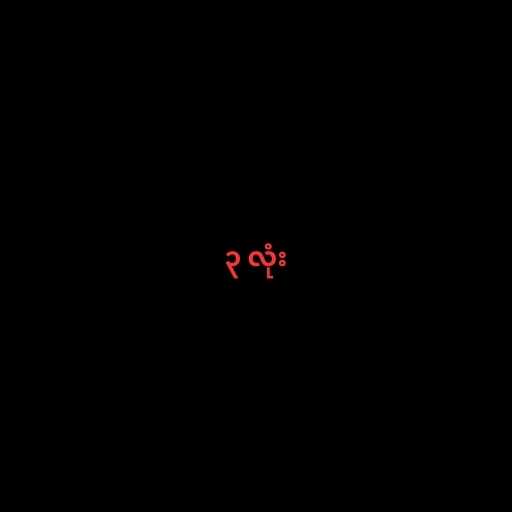
၃ လုံး